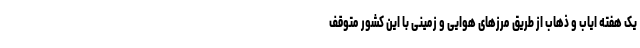
یک هفته ایاب و ذهاب از طریق مرزهای هوایی و زمینی با این کشور متوقف